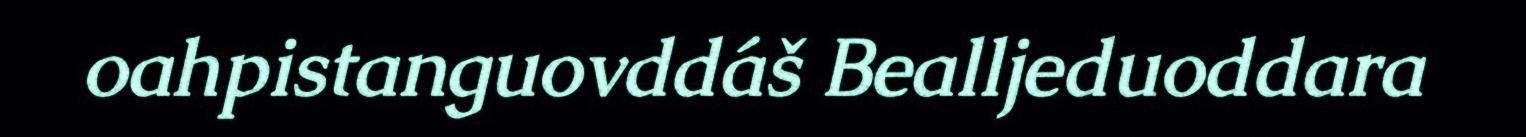
oahpistanguovddáš Bealljeduoddara